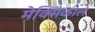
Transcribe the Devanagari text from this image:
मेक्सिकोले